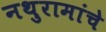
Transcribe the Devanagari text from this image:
नथुरामांचे